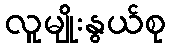
လူမျိုးနွယ်စု